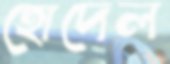
হোদেল